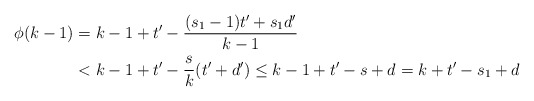
\begin{align*}\phi(k-1)&=k-1+t'-\frac{(s_1-1)t'+s_1d'}{k-1}\\&< k-1+t'-\frac{s}{k}(t'+d')\le k-1+t'-s+d=k+t'-s_1+d\end{align*}